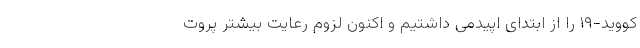
کووید-۱۹ را از ابتدای اپیدمی داشتیم و اکنون لزوم رعایت بیشتر پروت